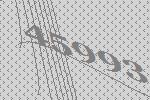
45993